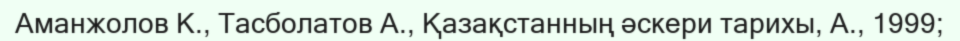
Аманжолов К., Тасболатов А., Қазақстанның әскери тарихы, А., 1999;